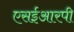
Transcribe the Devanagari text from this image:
एसईआरपी